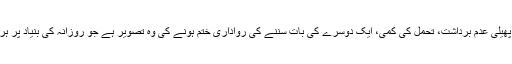
یہ صرف ایک واقعہ نہیں بلکہ معاشرے میں پھیلی عدم برداشت، تحمل کی کمی، ایک دوسرے کی بات سننے کی رواداری ختم ہونے کی وہ تصویر ہے جو روزانہ کی بنیاد پر ہر گلی، نکڑ، فٹ پاتھ یا سڑک پہ نظر آتی ہے۔